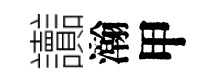
讟瀚甲